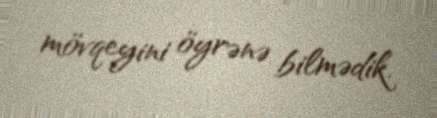
mövqeyini öyrənə bilmədik.